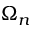
\Omega _ { n }